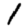
Digit: 1